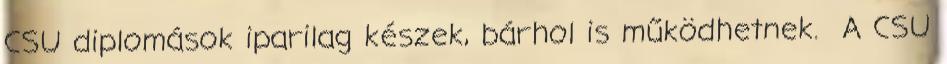
CSU diplomások iparilag készek, bárhol is működhetnek. A CSU